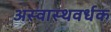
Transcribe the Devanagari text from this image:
अस्वास्थवर्धक